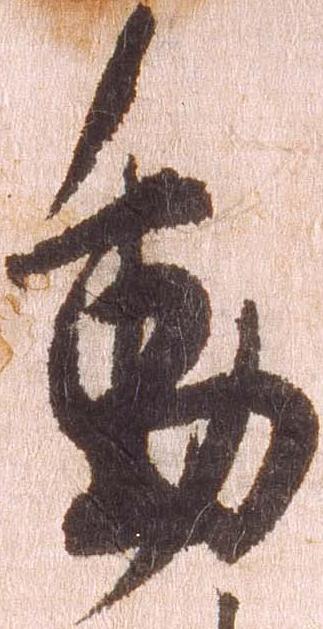
動